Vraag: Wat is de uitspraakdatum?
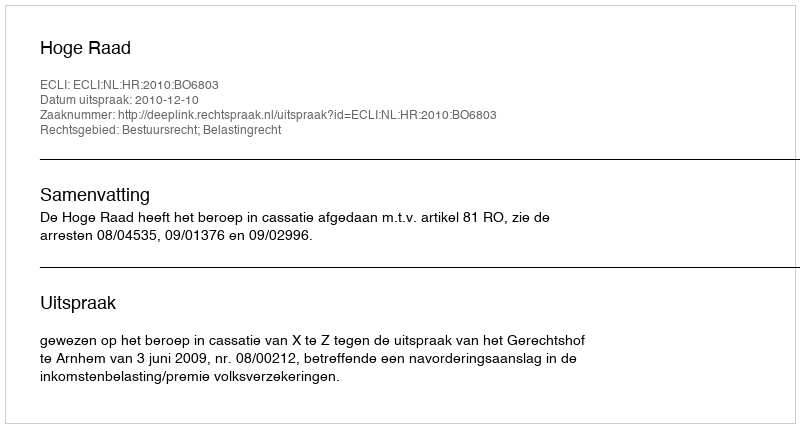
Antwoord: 2010-12-10